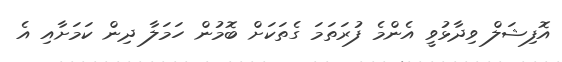
އޮފިޝަލް ވިދާޅުވީ އެންމެ ފުރަތަމަ ގެތަކަށް ބޮމުން ހަމަލާ ދިން ކަމަށާއި އެ